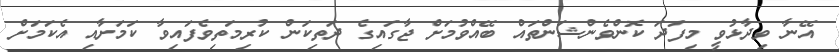
އޭނާ ވިދާޅުވީ މިފަދަ ކޮންވެންޝަންތައް ބޭއްވުމަށް ޖާގައިގެ ދަތިކަން ކުރިމަތިވެފައިވާ ކަމަށާއި އެކަމަށް